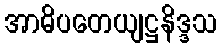
အာဓိပတေယျဋ္ဌနိဒ္ဒသ